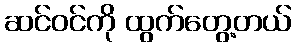
ဆင်ဝင်ကို ထွက်တွေ့တယ်